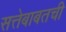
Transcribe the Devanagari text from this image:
सत्तेबाबतची